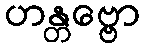
ဟန္တဗ္ဗော